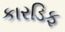
કારડિફ